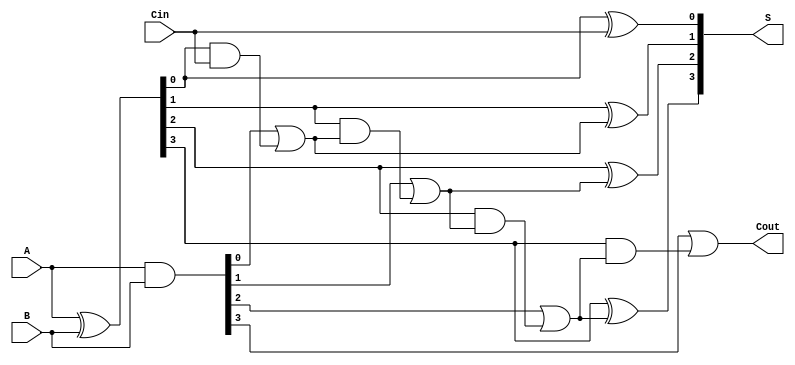
module CLA_4bit (
    input [3:0] A,       // 4-bit input A
    input [3:0] B,       // 4-bit input B
    input Cin,           // Carry input
    output [3:0] S,      // 4-bit sum output
    output Cout          // Carry output
);

    wire [3:0] G;        // Generate signals
    wire [3:0] P;        // Propagate signals
    wire C1, C2;         // Internal carry signals

    // Generate and Propagate calculations for each bit
    assign G = A & B;            // Generate
    assign P = A ^ B;            // Propagate

    // Local carry calculations for the first group (bits 0-3)
    assign C1 = G[0] | (P[0] & Cin); // Carry out for bit 0
    assign C2 = G[1] | (P[1] & C1);  // Carry out for bit 1
    wire C3 = G[2] | (P[2] & C2);    // Carry out for bit 2
    wire C4 = G[3] | (P[3] & C3);    // Carry out for bit 3

    // Final carry out
    assign Cout = C4;

    // Sum output calculations
    assign S[0] = P[0] ^ Cin;  // Sum for bit 0
    assign S[1] = P[1] ^ C1;   // Sum for bit 1
    assign S[2] = P[2] ^ C2;   // Sum for bit 2
    assign S[3] = P[3] ^ C3;   // Sum for bit 3

endmodule